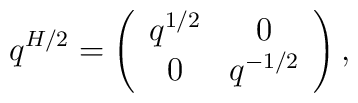
q^{H/2} = \left( \begin{array}{cc}q^{1/2} & 0 \\0 & q^{-1/2}\end{array}\right),